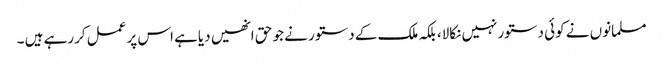
مسلمانوں نے کوئی دستورنہیں نکالا، بلکہ ملک کے دستور نے جو حق انھیں دیاہے اس پر عمل کررہے ہیں ۔